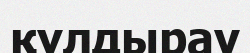
құлдырау